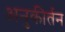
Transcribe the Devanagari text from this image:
अनुकीर्तन